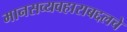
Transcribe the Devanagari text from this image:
मानसव्यवहाराबद्दलचे